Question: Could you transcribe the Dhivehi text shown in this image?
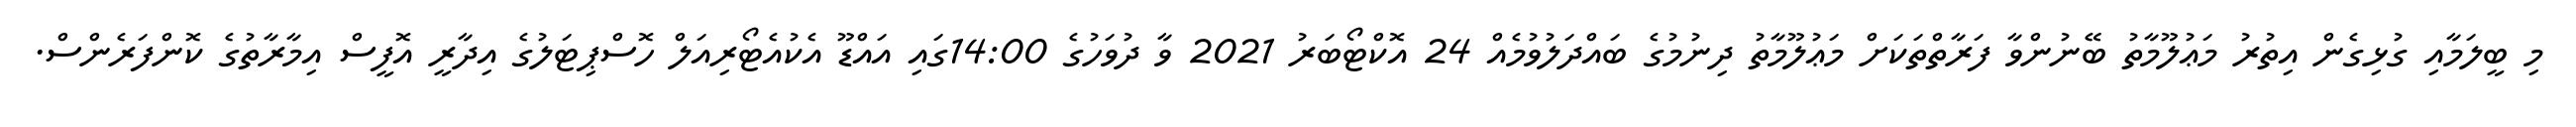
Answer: މި ބީލަމާއި ގުޅިގެން އިތުރު މަޢުލޫމާތު ބޭނުންވާ ފަރާތްތަކަށް މަޢުލޫމާތު ދިނުމުގެ ބައްދަލުވުމެއް 24 އޮކްޓޯބަރު 2021 ވާ ދުވަހުގެ 14:00ގައި އައްޑޫ އެކުއެޓޯރިއަލް ހޮސްޕިޓަލުގެ އިދާރީ އޮފީސް އިމާރާތުގެ ކޮންފަރެންސް.